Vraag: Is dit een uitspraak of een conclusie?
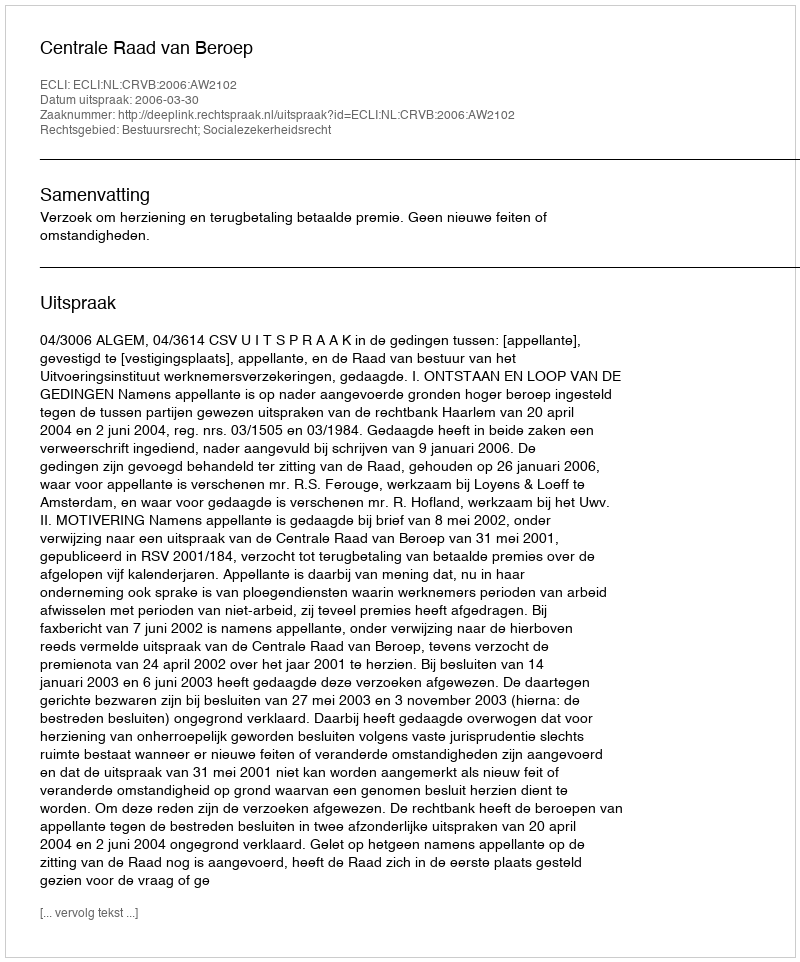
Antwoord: Uitspraak